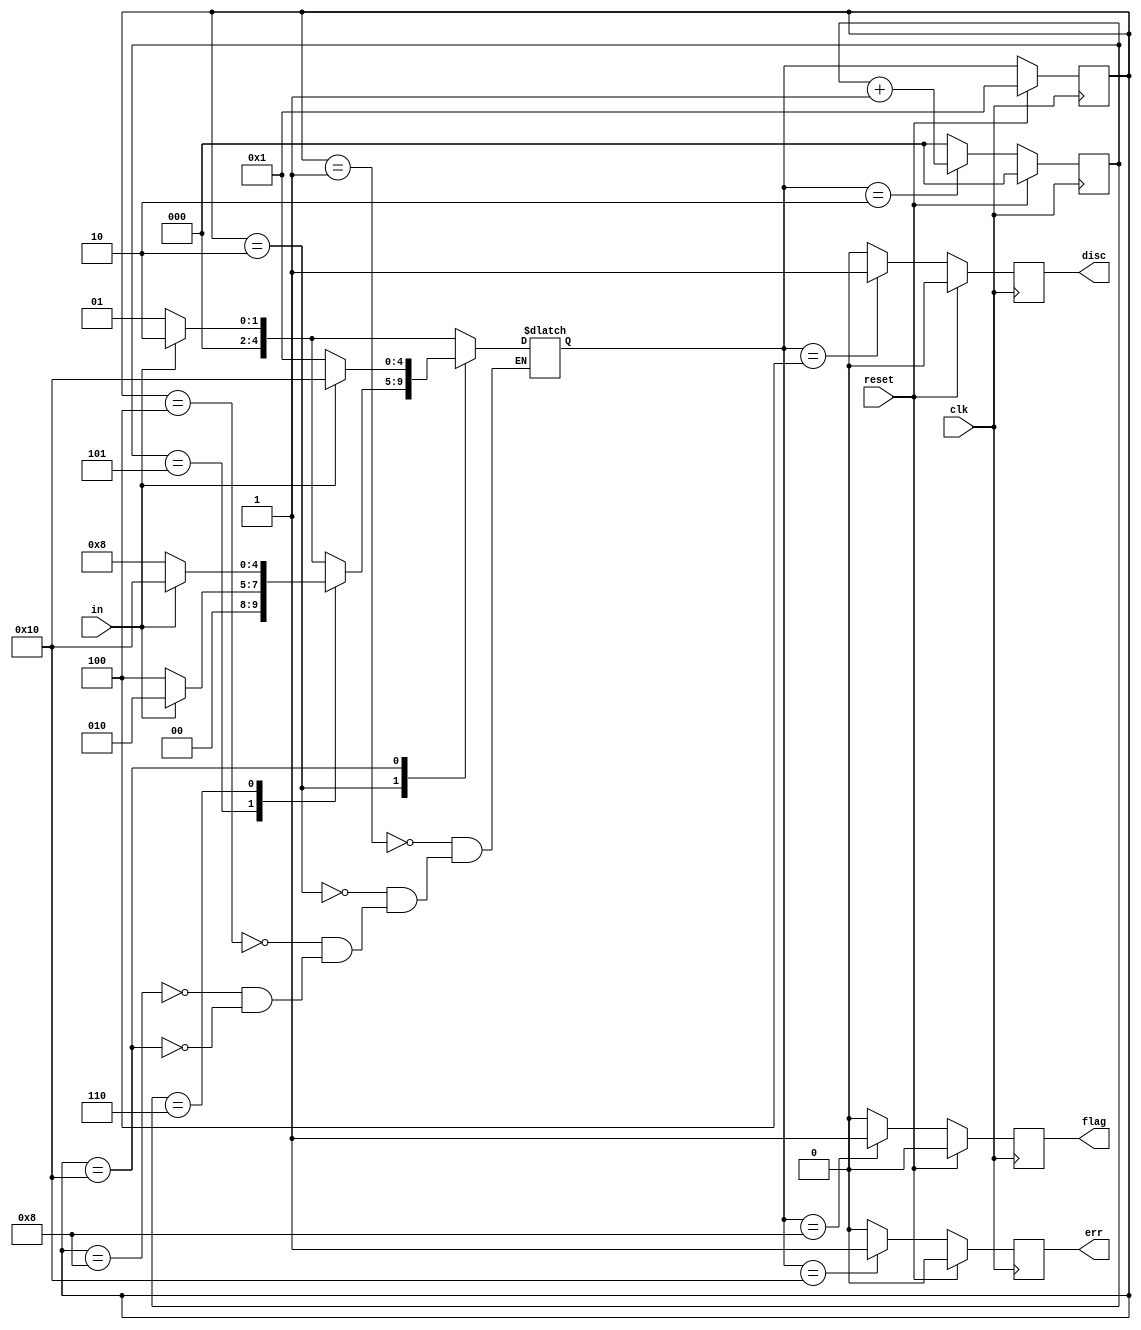
module top_module(
    input  clk,
    input  reset,    // Synchronous reset
    input  in,
    output  reg disc,
    output  reg flag,
    output  reg err
);

    parameter IDLE  = 5'b00001;
    parameter DATA  = 5'b00010;
    parameter DISC  = 5'b00100;
    parameter FLAG  = 5'b01000;
    parameter ERROR = 5'b10000;

    reg [4:0] current_state;
    reg [4:0] next_state;
    reg [2:0] counter;
    
    
    always @(posedge clk) begin
        if(reset)begin
            current_state <= IDLE;
        end
        else begin
            current_state <= next_state;
        end
    end
    
    
    always @(*) begin
        case(current_state)
            IDLE:begin
                next_state = in ? DATA : IDLE;
            end
            DATA:begin
                case(counter)
                    3'd5:   next_state = in ? DATA : DISC;
                    3'd6:   next_state = in ? ERROR : FLAG;
                    default:next_state = in ? DATA : IDLE;
                endcase
            end
            DISC:begin
                next_state = in ? DATA : IDLE;
            end
            FLAG:begin
                next_state = in ? DATA : IDLE;
            end
            ERROR:begin
                next_state = in ? ERROR : IDLE;
            end
        endcase
    end

    always @(posedge clk) begin
        if(reset)begin
            disc <= 1'd0;
            flag <= 1'd0;
            err  <= 1'd0;
            counter <= 3'd0;
        end
        else begin
            case(next_state)
                DATA:begin
                    disc <= 1'd0;
                    flag <= 1'd0;
                    err  <= 1'd0;
                    counter <= counter + 1'd1;
                end
                DISC:begin
                    disc <= 1'd1;
                    flag <= 1'd0;
                    err  <= 1'd0;
                    counter <= 3'd0;
                end
                FLAG:begin
                    disc <= 1'd0;
                    flag <= 1'd1;
                    err  <= 1'd0;
                    counter <= 3'd0;
                end
                ERROR:begin
                    disc <= 1'd0;
                    flag <= 1'd0;
                    err  <= 1'd1;
                    counter <= 3'd0;
                end
                default:begin
                    disc <= 1'd0;
                    flag <= 1'd0;
                    err  <= 1'd0;
                    counter <= 3'd0;
                end
            endcase
        end
    end

endmodule